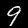
Label: 9